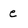
Character: e